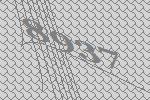
8937